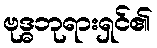
ဗုဒ္ဓဘုရားရှင်၏